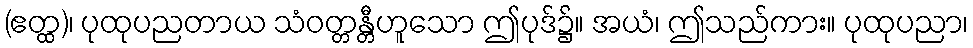
(ဧတ္ထ)၊ ပုထုပညတာယ သံဝတ္တန္တီဟူသော ဤပုဒ်၌။ အယံ၊ ဤသည်ကား။ ပုထုပညာ၊